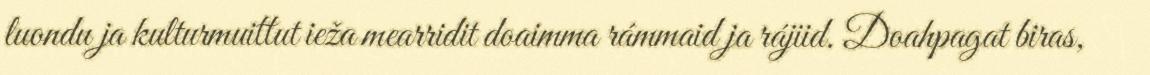
luondu ja kulturmuittut ieža mearridit doaimma rámmaid ja rájiid. Doahpagat biras,